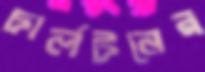
চার্লটনের